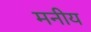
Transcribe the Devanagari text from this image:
मनीय